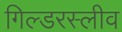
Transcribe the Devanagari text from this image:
गिल्डरस्लीव